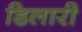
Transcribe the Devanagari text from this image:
डिलारी